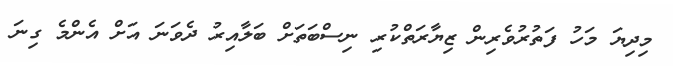
މިދިޔަ މަހު ފަތުރުވެރިން ޒިޔާރަތްކުރި ނިސްބަތަށް ބަލާއިރު ދެވަނަ އަށް އެންމެ ގިނަ